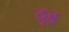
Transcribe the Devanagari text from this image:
दृड़